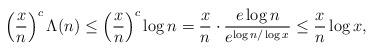
LaTeX: \begin{align*}\left(\frac{x}{n}\right)^c\Lambda(n)\leq\left(\frac{x}{n}\right)^c\log n=\frac{x}{n}\cdot\frac{e\log n}{e^{\log n/\log x}}\leq\frac{x}{n}\log x,\end{align*}